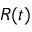
R ( t )